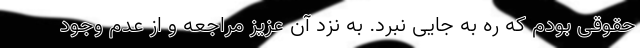
حقوقی بودم که ره به جایی نبرد. به نزد آن عزیز مراجعه و از عدم وجود